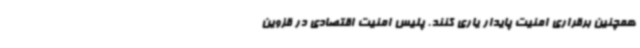
همچنین برقراری امنیت پایدار یاری کنند. پلیس امنیت اقتصادی در قزوین